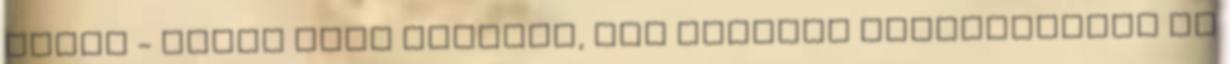
velem - vetem neki flegmán, míg kezemet kiszabadítom az